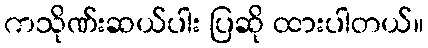
ကသိုဏ်းဆယ်ပါး ပြဆို ထားပါတယ်။